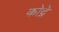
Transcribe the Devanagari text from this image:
कोद्रे